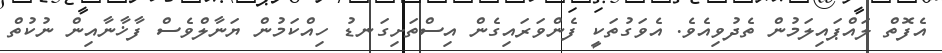
އެފޮތް ލައްޕައިލަމުން ތެދުވިއެވެ. އެވަގުތަކީ ފެންވަރައިގެން އިސްތަށިގަނޑު ހިއްކަމުން ޔަނާލްވެސް ފާޚާނާއިން ނުކުތް